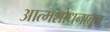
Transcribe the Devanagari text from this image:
आत्मशोधनातून